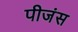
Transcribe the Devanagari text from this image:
पीजंस